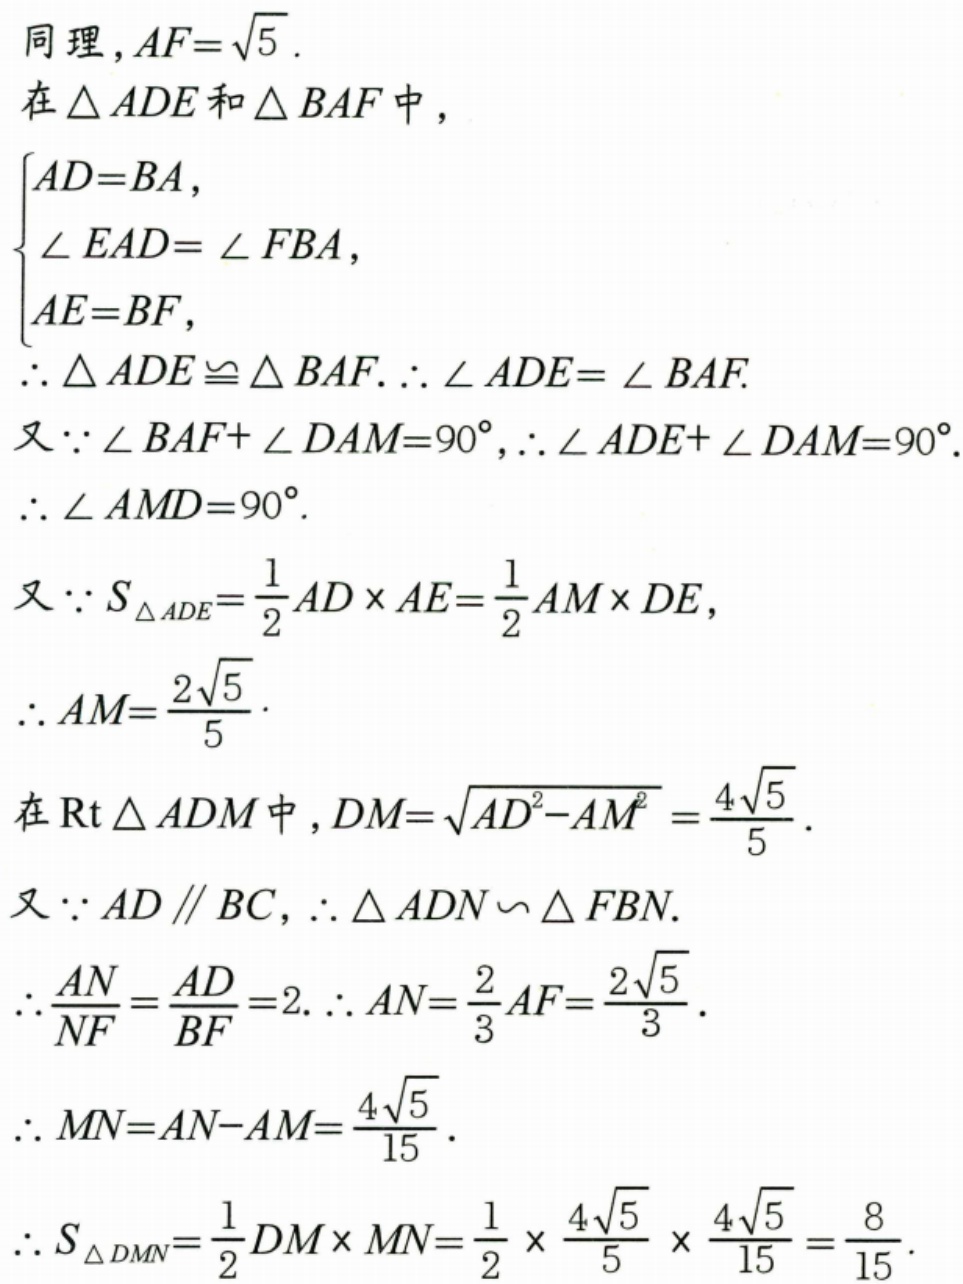
同理，\(AF = \sqrt{5}\).
在\(\triangle ADE\)和\(\triangle BAF\)中，
\(\begin{cases}
AD = BA,\\
\angle EAD = \angle FBA,\\
AE = BF,
\end{cases}\)
\(\therefore \triangle ADE\cong\triangle BAF.\therefore \angle ADE = \angle BAF.\)
又\(\because \angle BAF + \angle DAM = 90^{\circ},\therefore \angle ADE + \angle DAM = 90^{\circ}.\)
\(\therefore \angle AMD = 90^{\circ}.\)
又\(\because S_{\triangle ADE}=\frac{1}{2}AD\times AE=\frac{1}{2}AM\times DE\)，
\(\therefore AM=\frac{2\sqrt{5}}{5}.\)
在\(\text{Rt}\triangle ADM\)中，\(DM = \sqrt{AD^{2}-AM^{2}}=\frac{4\sqrt{5}}{5}.\)
又\(\because AD\parallel BC\)，\(\therefore \triangle ADN\backsim\triangle FBN.\)
\(\therefore \frac{AN}{NF}=\frac{AD}{BF}=2.\therefore AN = \frac{2}{3}AF=\frac{2\sqrt{5}}{3}.\)
\(\therefore MN = AN - AM=\frac{4\sqrt{5}}{15}.\)
\(\therefore S_{\triangle DMN}=\frac{1}{2}DM\times MN=\frac{1}{2}\times\frac{4\sqrt{5}}{5}\times\frac{4\sqrt{5}}{15}=\frac{8}{15}.\)